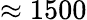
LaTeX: \approx 1500